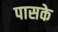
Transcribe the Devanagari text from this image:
पासके